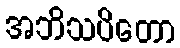
အဘိသပိတော